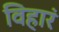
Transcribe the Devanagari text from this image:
विहारं